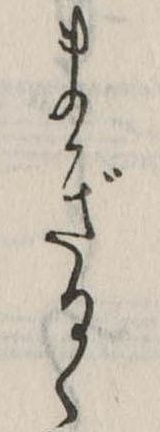
まぎるゝ